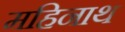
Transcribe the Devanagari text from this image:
महिनाथ